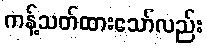
ကန့်သတ်ထားသော်လည်း